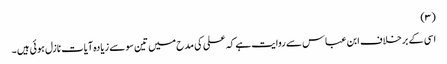
(٣)
اسی کے برخلاف ابن عباس سے روایت ہے کہ علی کی مدح میں تین سو سے زیادہ آیات نازل ہوئی ہیں ۔